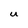
Character: U